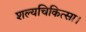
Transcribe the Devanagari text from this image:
शल्यचिकित्सा।